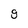
Character: 9